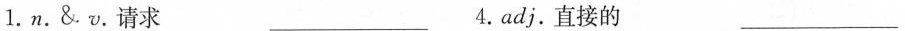
1.n.&.v.请求 ___ 4.adj.直接的___